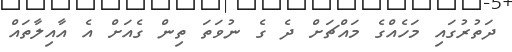
ދަތުރުގައި މަހެއްގެ މައްޗަށް ދެ ގެ ނުވަތަ ތިން ގެއަށް އެ އާއިލާތައް